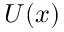
U ( x )